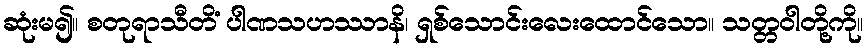
ဆုံးမ၍။ စတုရာသီတိံ ပါဏသဟဿာနိ၊ ရှစ်သောင်းလေးထောင်သော။ သတ္တဝါတို့ကို။